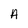
Character: A